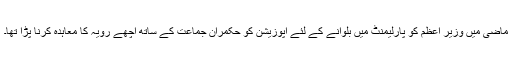
ماضی میں وزیر اعظم کو پارلیمنٹ میں بلوانے کے لئے اپوزیشن کو حکمران جماعت کے ساتھ اچھے رویہ کا معاہدہ کرنا پڑا تھا۔